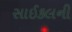
સાઈકલની